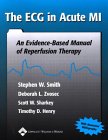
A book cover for The ECG in Acute MI: An Evidence-Based Manual of Reperfusion Therapy; Stephen W. Smith; Medical Books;